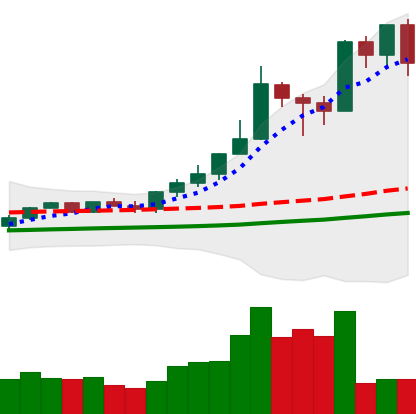
Ticker: XMR-USD
Chart end date: 2021-02-20
Forward return: -22.846%
Label: down_7plus